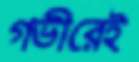
গভীরেই